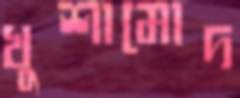
খুশামোদ